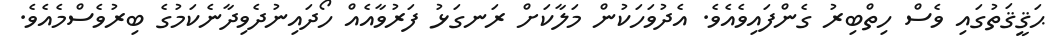
ޙަޤީޤަތުގައި ވެސް ހިތްބިރު ގެންފައިވެއެވެ. އެދުވަހަކުން މަލާކަށް ރަނގަޅު ފަރުވާއެއް ހޯދައިނުދެވިދާނެކަމުގެ ބިރުވެސްމެއެވެ.